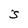
Character: S